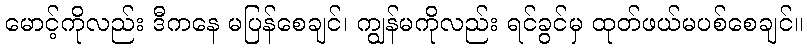
မောင့်ကိုလည်း ဒီကနေ မပြန်စေချင်၊ ကျွန်မကိုလည်း ရင်ခွင်မှ ထုတ်ဖယ်မပစ်စေချင်။